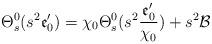
LaTeX: \begin{align*}\Theta_s^0(s^2\mathfrak{e}'_0)=\chi_0 \Theta_s^0(s^2\frac{\mathfrak{e}'_0}{\chi_0})+s^2\mathcal{B}\end{align*}